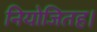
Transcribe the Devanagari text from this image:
नियोजितह।